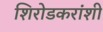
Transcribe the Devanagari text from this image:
शिरोडकरांशी